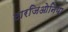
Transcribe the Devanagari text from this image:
टारजिओनिया